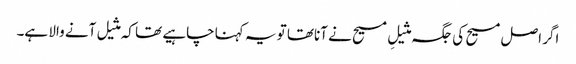
اگر اصل مسیح کی جگہ مثیلِ مسیح نے آناتھا تو یہ کہنا چاہیے تھا کہ مثیل آنے والا ہے۔